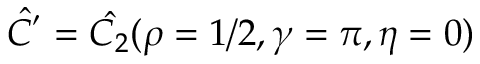
\hat { C ^ { ' } } = \hat { C _ { 2 } } ( \rho = 1 / 2 , \gamma = \pi , \eta = 0 )